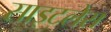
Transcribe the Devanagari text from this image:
साइटलेस